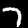
Label: 7